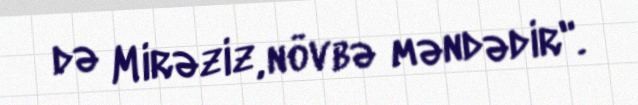
də Mirəziz, növbə məndədir".